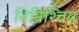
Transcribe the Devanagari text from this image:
विनिश्चिय